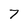
Character: 7